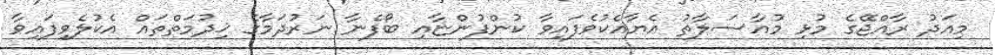
މިއަދު ރާއްޖޭގެ މުޅި މުއާސަލާތު އެޔާއެކުވެފައިވާ ކުންފުންޏާއި ބޯފެނާ ނަރުދަމާގެ ޚިދުމަތްތައް އެކުލެވިފައިވާ